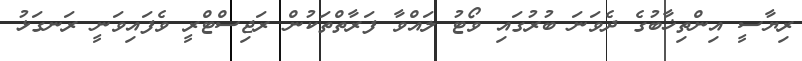
ރިޔާސީ އިންތިޚާބުގެ ދެވަނަ ބުރުގައި ވޯޓު ލައްވާ ފަރާތްތަކުން ރަޖިސްޓްރީ ވެފައިވަނީ ރަނގަޅު